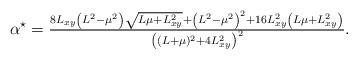
LaTeX: \begin{align*}\alpha^\star=\tfrac{8 L_{xy} \left(L^2-\mu^2\right) \sqrt{L \mu+L_{xy}^2}+\left(L^2-\mu^2\right)^2+16 L_{xy}^2 \left(L \mu+L_{xy}^2\right)}{\left((L+\mu)^2+4 L_{xy}^2\right)^2}.\end{align*}